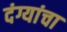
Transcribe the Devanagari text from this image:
दंग्यांचा